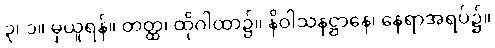
၃၊ ၁။ မှယူရန်။ တတ္ထ၊ ထိုဂါထာ၌။ နိဝါသနဋ္ဌာနေ၊ နေရာအရပ်၌။